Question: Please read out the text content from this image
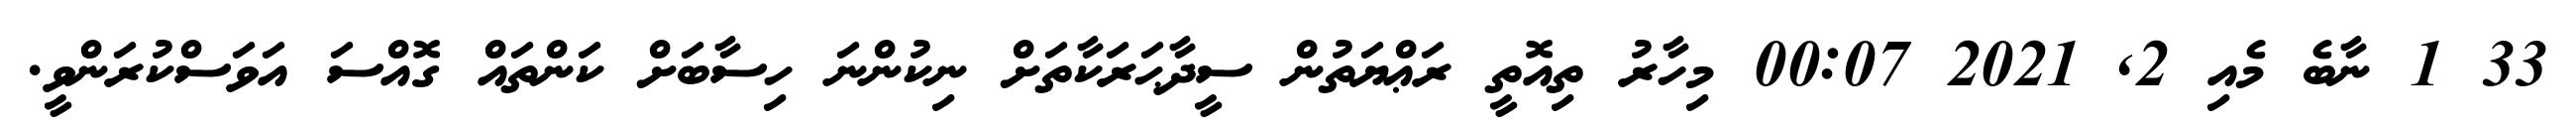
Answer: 33 1 ނާބެ މެއި 2, 2021 00:07 މިހާރު ތިއޮތީ ރަޢްޔަތުން ސީދާޙަރަކާތަށް ނިކުންނަ ހިސާބަށް ކަންތައް ގޮއްސަ އަވަސްކުރަންވީ.